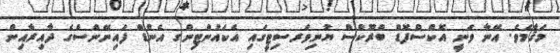
މަޤާމެވެ. އޭނާ ވަނީ އޮކްސްފޮޑް ބްރޫކްސް ޔުނިވަރސިޓީގައި އެކައުންޓިންގ އެންޑް ފައިނޭންސްގެ ދާއިރާއިން